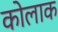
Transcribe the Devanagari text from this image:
कोलाक